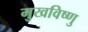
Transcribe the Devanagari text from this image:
मुखविष्णु